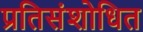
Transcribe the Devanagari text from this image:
प्रतिसंशोधित